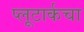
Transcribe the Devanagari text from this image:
प्लूटार्कचा